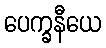
ပေက္ခနီယေ